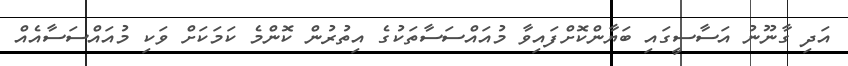
އަދި ގާނޫނު އަސާސީގައި ބަޔާންކޮށްފައިވާ މުއައްސަސާތަކުގެ އިތުރުން ކޮންމެ ކަމަކަށް ވަކި މުއައްސަސާއެއް